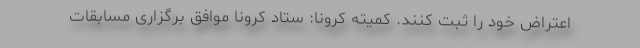
اعتراض خود را ثبت کنند. کمیته کرونا: ستاد کرونا موافق برگزاری مسابقات